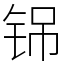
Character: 铞